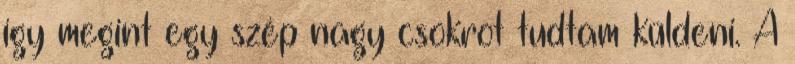
így megint egy szép nagy csokrot tudtam küldeni. A